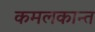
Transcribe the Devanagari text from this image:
कमलकान्‍त